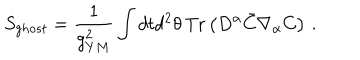
S _ { g h o s t } = { \frac { 1 } { g _ { Y M } ^ { 2 } } } \int d t d ^ { 2 } \theta \, \mathrm { T r } \left( D ^ { \alpha } \bar { C } \nabla _ { \alpha } C \right) \, .